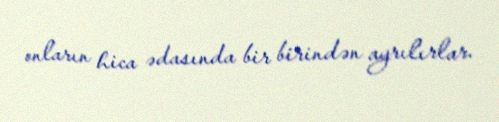
onların hica ədasında bir birindən ayrılırlar.